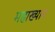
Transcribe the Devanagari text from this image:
महाख्यान